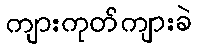
ကျားကုတ်ကျားခဲ